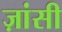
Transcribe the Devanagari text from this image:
ज़ांसी